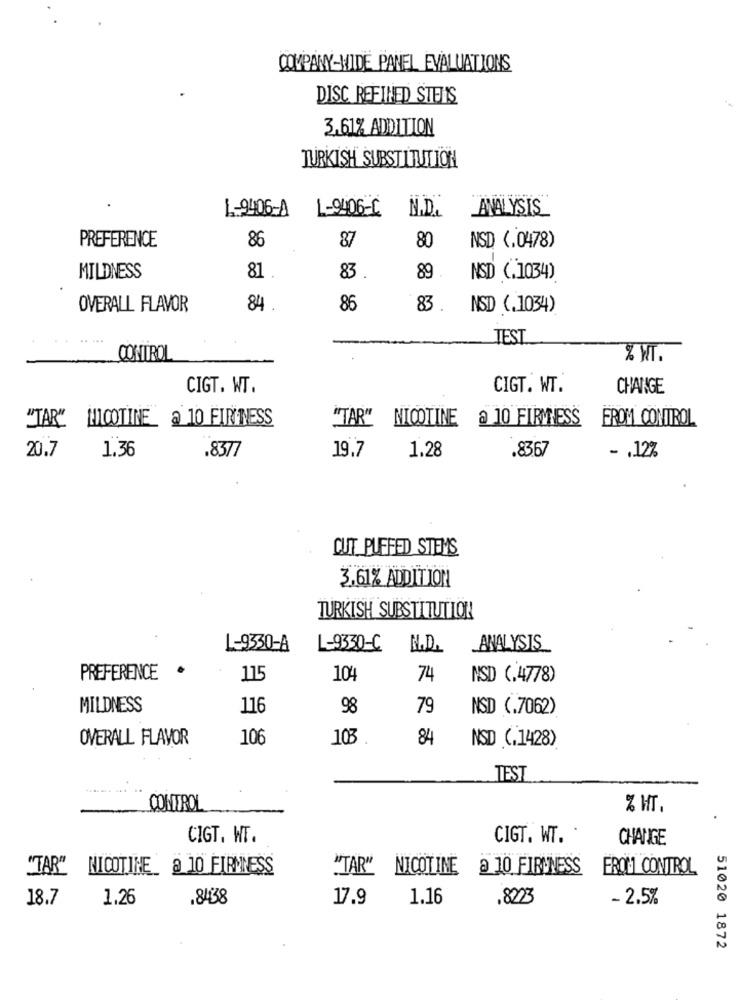
COMPANY-WIDE PANEL EVALUATIONS
DISC REFINED STENS
3,61% ADDITION
TURKISH SUBSTITUTION
1-9406-A
L-9406-C
N.D.
ANALYSIS
86
87
PREFERENCE
80
NSD (.0478)
MILDNESS
81 .
83 .
89
NSD (.1034)
OVERALL FLAVOR
84 .
86
83 .
NSD (.1034)
TEST
CONTROL
% WT.
CIGT. WT.
CIGT. WT.
CHANGE
"TAR" HILOOTINE @ 10 FIRINESS
"TAR" NICOTINE @ 10 FIRMNESS
FROM CONTROL
20.7
1.36
.8377
1.28
19.7
.8367
- . 12%
CUT PUFFED STEMS
3,61% ADDITION
TURKISH SUBSTITUTION
L-9330-A
L-9330-C
H.D.
ANALYSIS
PREFERENCE
115
104
74
NSD (.4778)
MILDNESS
116
98
79
NSD (.7062)
OVERALL FLAVOR
106
103
84
NSD (.1428)
TEST
CONTROL
% HT.
CIGT. WT.
CIGT. WT.
CHANGE
"TAR" NICOTINE_ @ 10 FIRMNESS
"TAR" NICOTINE @ 10 FIRUNES'S
FROM CONTROL
18.7
1.26
.84438
17.9
1.16
.8223
- 2.5%
51020 1872